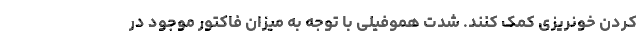
کردن خونریزی کمک کنند. شدت هموفیلی با توجه به میزان فاکتور موجود در